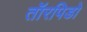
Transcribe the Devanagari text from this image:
तॉरपिडो